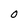
Character: 0